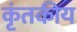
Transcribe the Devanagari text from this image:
कृंतकीय